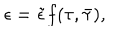
LaTeX: \epsilon = \tilde { \epsilon } f ( \tau , \bar { \tau } ) ,